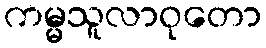
ကမ္မသူလာဝုတော